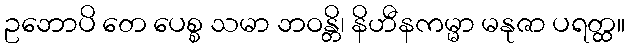
ဥဘောပိ တေ ပေစ္စ သမာ ဘဝန္တိ၊ နိဟီနကမ္မာ မနုဇာ ပရတ္ထ။